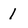
Character: 1